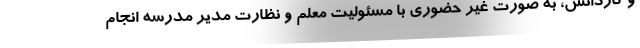
و کاردانش، به صورت غیر حضوری با مسئولیت معلم و نظارت مدیر مدرسه انجام